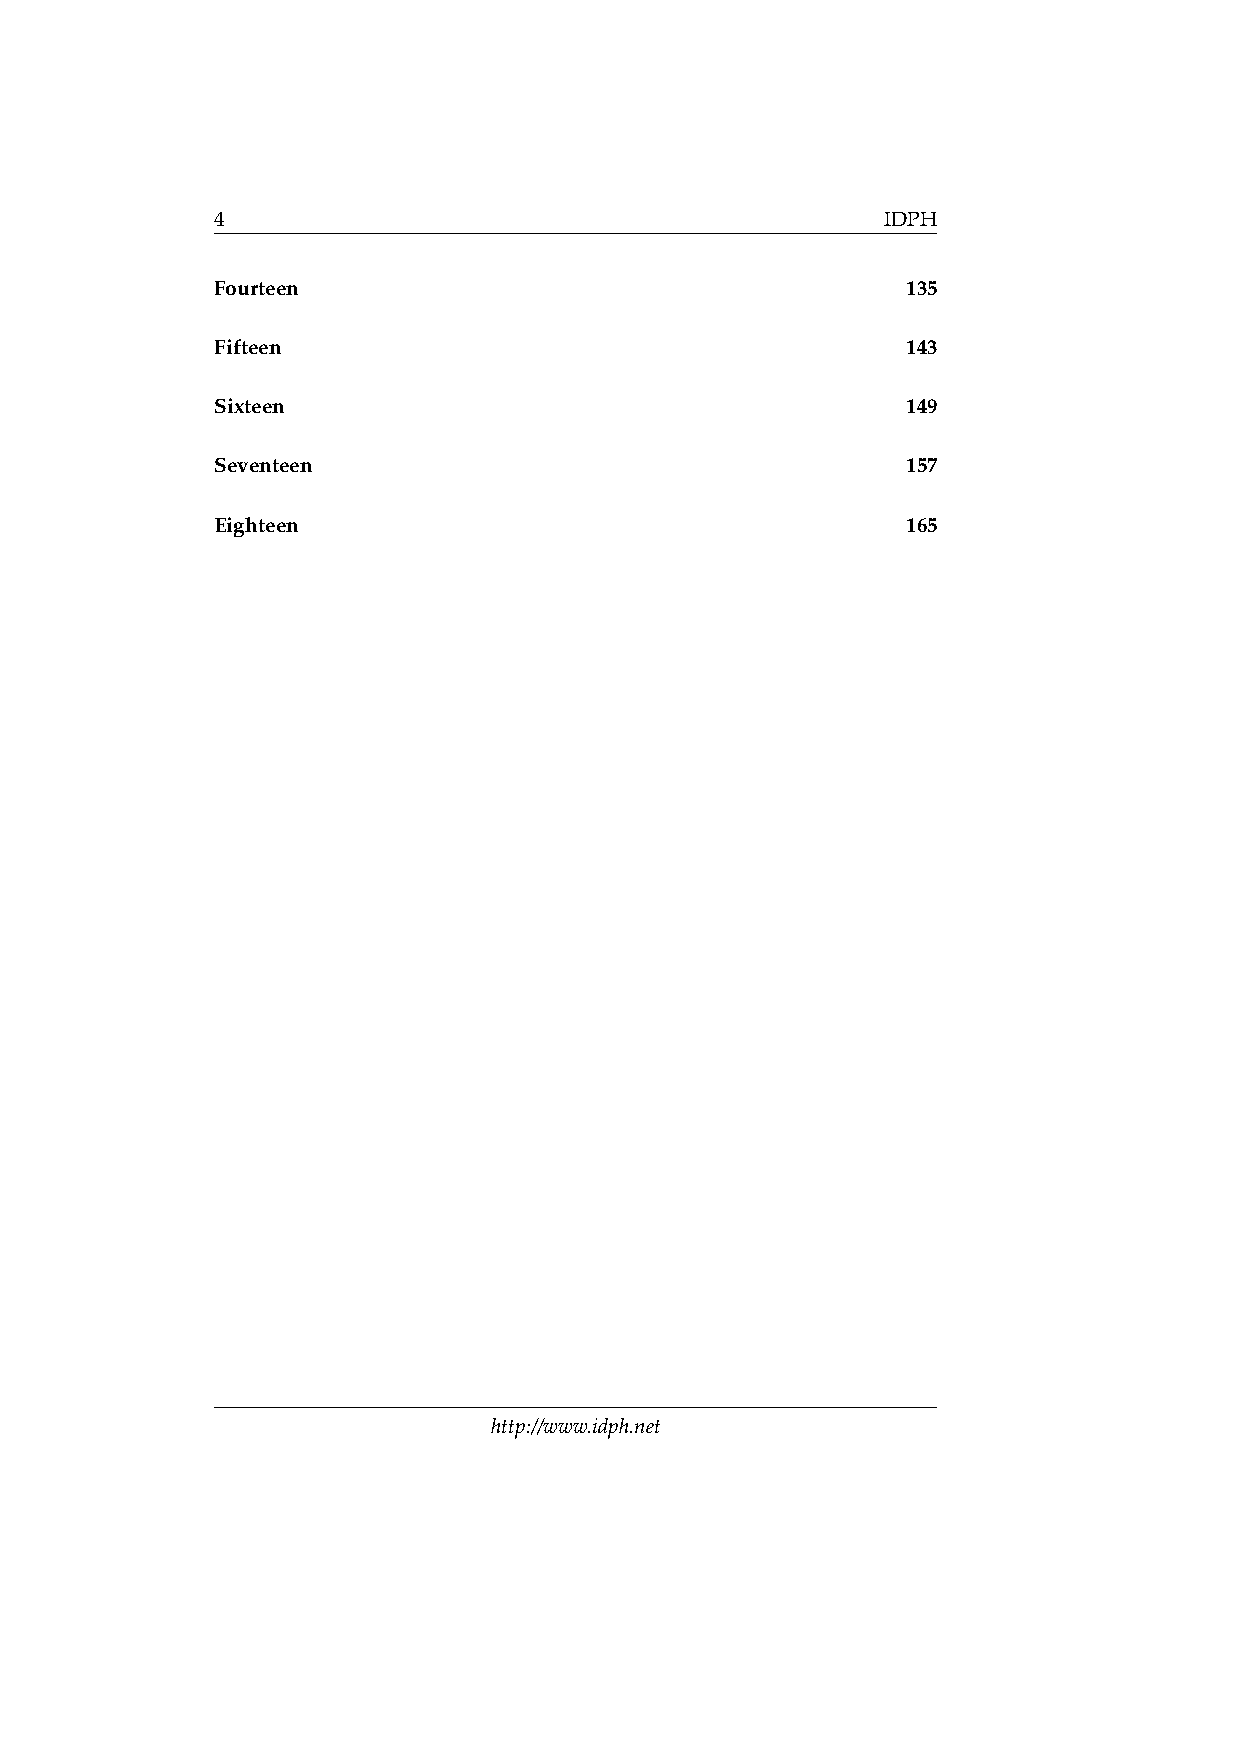
4                                            IDPH
 Fourteen                                      135
 Fifteen                                       143
 Sixteen                                       149
 Seventeen                                     157
 Eighteen                                      165
 http://www.idph.net